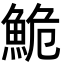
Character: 鮠